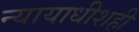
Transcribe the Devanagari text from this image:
न्यायाधीशही